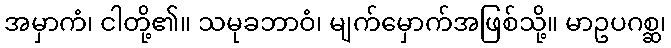
အမှာကံ၊ ငါတို့၏။ သမုခဘာဝံ၊ မျက်မှောက်အဖြစ်သို့။ မာဥပဂစ္ဆ၊